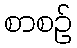
စာစဉ်